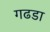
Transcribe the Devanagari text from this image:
गढडा